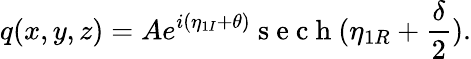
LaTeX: q(x,y,z)=Ae^{i(\eta_{1I}+\theta)}\mathrm{~s~e~c~h~}(\eta_{1R}+\frac{\delta}{2}).